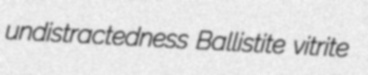
undistractedness Ballistite vitrite